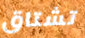
تشتاق